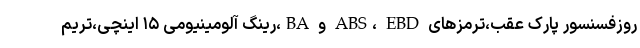
روزفسنسور پارک عقب،ترمزهای ABS، EBD و BA،رینگ آلومینیومی ۱۵ اینچی،تریم